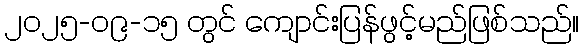
၂၀၂၅-၀၉-၁၅ တွင် ကျောင်းပြန်ဖွင့်မည်ဖြစ်သည်။